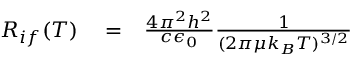
\begin{array} { r l r } { R _ { i f } ( T ) } & { { } = } & { \frac { 4 \pi ^ { 2 } h ^ { 2 } } { c \epsilon _ { 0 } } \frac { 1 } { ( 2 \pi \mu k _ { B } T ) ^ { 3 / 2 } } } \end{array}